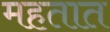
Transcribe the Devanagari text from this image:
महतात